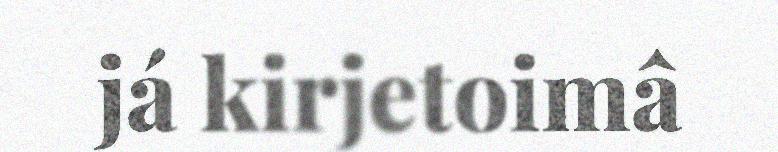
já kirjetoimâ